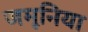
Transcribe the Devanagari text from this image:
जमूनिया